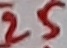
Text: 25